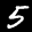
Label: 5